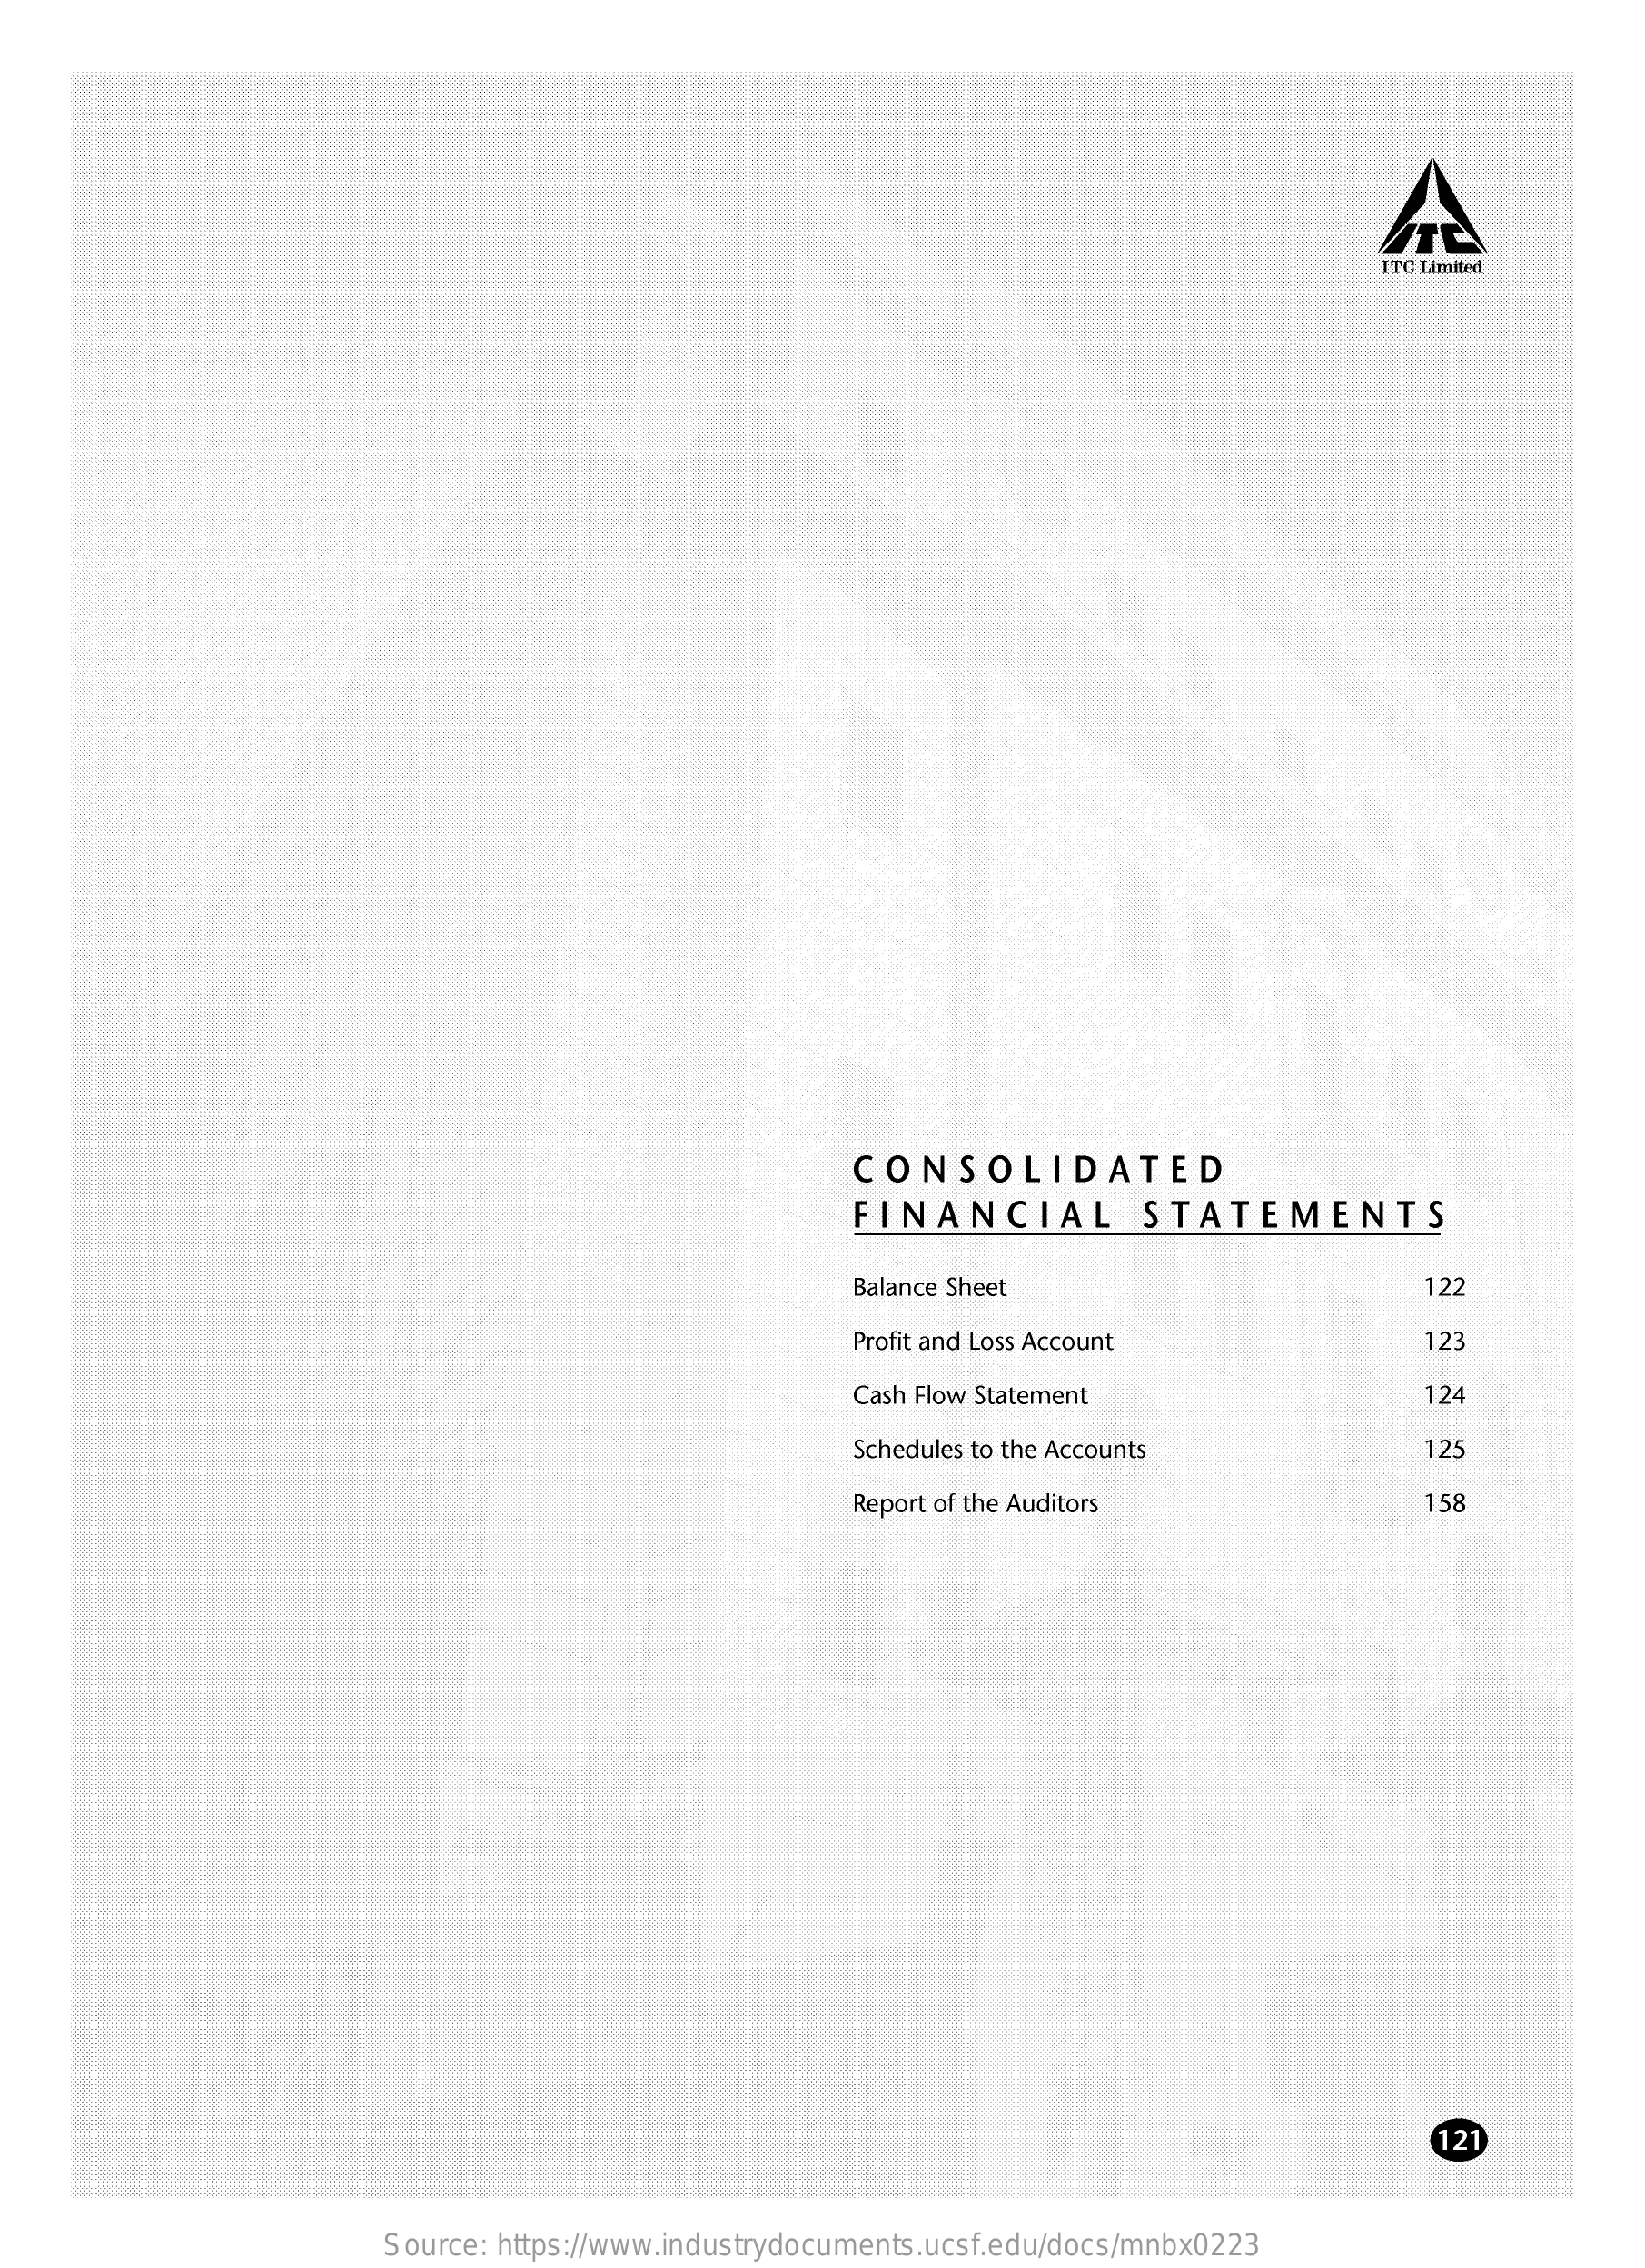
ITC Limited
     CONSOLIDATED
     FINANCIAL    STATEMENTS
     Balance Sheet    122
     Profit and Loss Account    123
     Cash Flow Statement    124
     Schedules to the Accounts    125
     Report of the Auditors    158
     121
     Source: https://www.industrydocuments.ucsf.edu/docs/mnbx0223